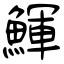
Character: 鯶